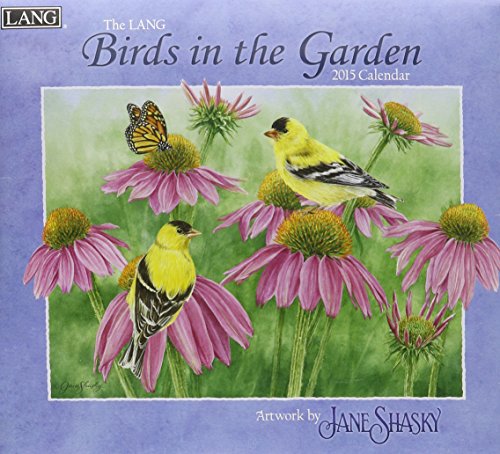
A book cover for The Lang Birds in the Garden 2015 Calendar; Calendars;